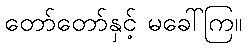
တော်တော်နှင့် မခေါ်ကြ။